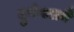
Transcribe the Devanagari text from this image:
दुर्गपारायै